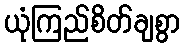
ယုံကြည်စိတ်ချစွာ